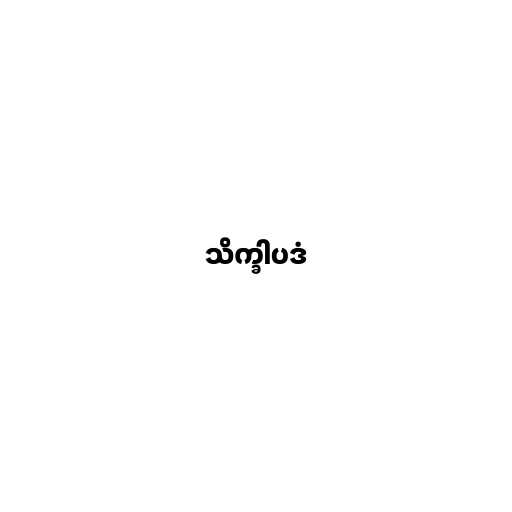
သိက္ခါပဒံ